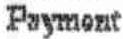
PAYMENT